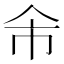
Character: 𠇰